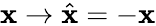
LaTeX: {\mathbf{x}}\to\hat{\mathbf{x}}=-{\mathbf{x}}